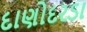
દાણોદરડા